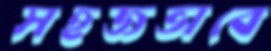
সহজভাবে